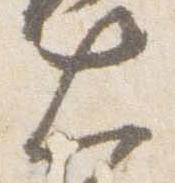
大